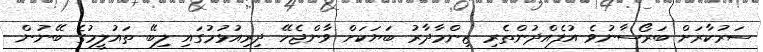
ސަރުކާރަށް ބަރޯސާނުވެ އުފެއްދުންތެރި ޒިންމާދާރު ބަޔަކަށް ވާންޖެހޭ ދިރިއުޅުމުގައި ލިބޭ ތައުލީމުގެ ބޭނުން